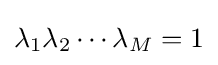
\lambda _{1}\lambda _{2}\cdots \lambda _{M}=1